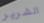
الشرير